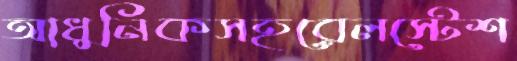
আধুনিকসহরেলস্টেশ